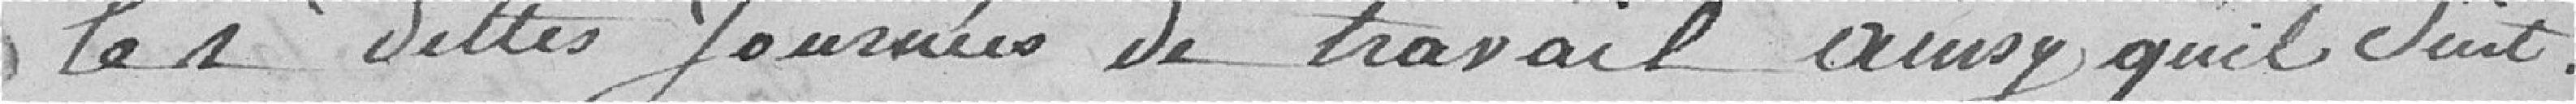
les dites journées de travail ainsi qu'il suit.